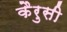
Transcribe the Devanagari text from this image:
कैरुसी